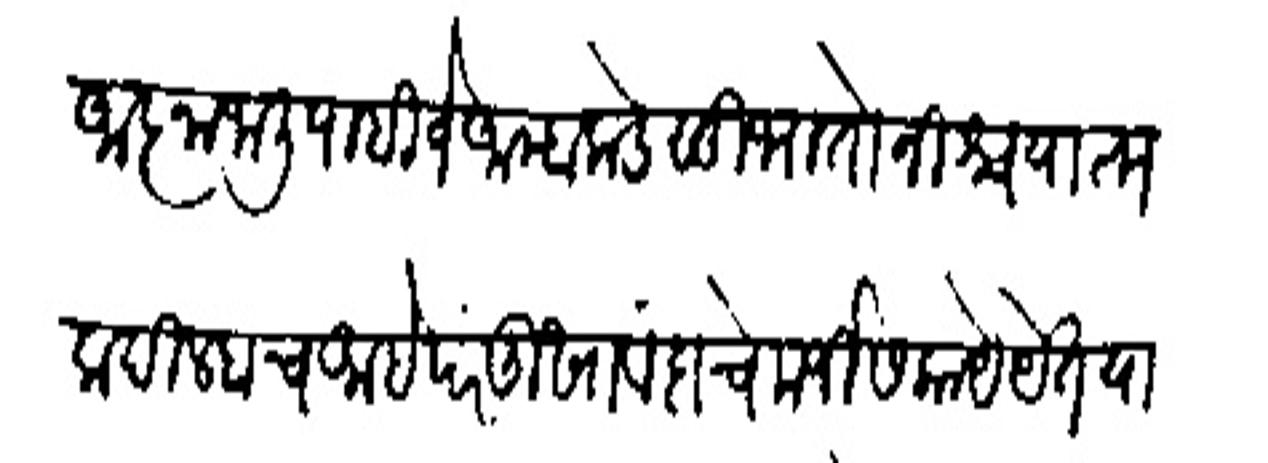
Transliteration (Devanagari): आजा जाली पाहिजे आम्हाकडे सुभा तो निश्चयात्मक दिस्हाच आहे परंतु खाबंदाचे मर्जीस काये येत यास्तव